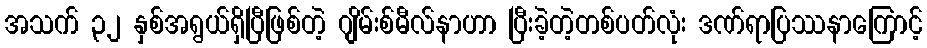
အသက် ၃၂ နှစ်အရွယ်ရှိပြီဖြစ်တဲ့ ဂျိမ်းစ်မီလ်နာဟာ ပြီးခဲ့တဲ့တစ်ပတ်လုံး ဒဏ်ရာပြဿနာကြောင့်